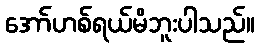
အော်ဟစ်ရယ်မိဘူးပါသည်။